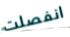
انفصلت